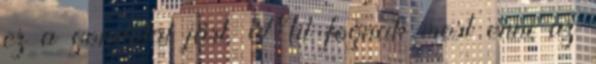
ez a gondolat járt. Mit fognak most enni az